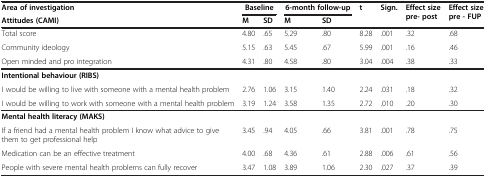
<table><thead><tr><td><b>Area of investigation</b></td><td><b>Baseline</b></td><td><b> </b></td><td><b>6-month follow-up</b></td><td><b> </b></td><td><b>t</b></td><td><b>Sign.</b></td><td rowspan="2"><b>Effect size pre- post</b></td><td rowspan="2"><b>Effect size pre - FUP</b></td></tr><tr><td><b>Attitudes (CAMI)</b></td><td><b>M</b></td><td><b>SD</b></td><td><b>M</b></td><td><b>SD</b></td><td><b> </b></td><td><b> </b></td></tr></thead><tbody><tr><td>Total score</td><td>4.80</td><td>.65</td><td>5.29</td><td>.80</td><td>8.28</td><td>.001</td><td>.32</td><td>.68</td></tr><tr><td>Community ideology</td><td>5.15</td><td>.63</td><td>5.45</td><td>.67</td><td>5.99</td><td>.001</td><td>.16</td><td>.46</td></tr><tr><td>Open minded and pro integration</td><td>4.31</td><td>.80</td><td>4.58</td><td>.80</td><td>3.04</td><td>.004</td><td>.38</td><td>.33</td></tr><tr><td><b>Intentional behaviour (RIBS)</b></td><td> </td><td> </td><td> </td><td> </td><td> </td><td> </td><td> </td><td> </td></tr><tr><td>I would be willing to live with someone with a mental health problem</td><td>2.76</td><td>1.06</td><td>3.15</td><td>1.40</td><td>2.24</td><td>.031</td><td>.18</td><td>.32</td></tr><tr><td>I would be willing to work with someone with a mental health problem</td><td>3.19</td><td>1.24</td><td>3.58</td><td>1.35</td><td>2.72</td><td>.010</td><td>.20</td><td>.30</td></tr><tr><td><b>Mental health literacy (MAKS)</b></td><td> </td><td> </td><td> </td><td> </td><td> </td><td> </td><td> </td><td> </td></tr><tr><td>If a friend had a mental health problem I know what advice to give them to get professional help</td><td>3.45</td><td>.94</td><td>4.05</td><td>.66</td><td>3.81</td><td>.001</td><td>.78</td><td>.75</td></tr><tr><td>Medication can be an effective treatment</td><td>4.00</td><td>.68</td><td>4.36</td><td>.61</td><td>2.88</td><td>.006</td><td>.61</td><td>.56</td></tr><tr><td>People with severe mental health problems can fully recover</td><td>3.47</td><td>1.08</td><td>3.89</td><td>1.06</td><td>2.30</td><td>.027</td><td>.37</td><td>.39</td></tr></tbody></table>